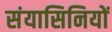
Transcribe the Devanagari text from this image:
संयासिनियों